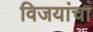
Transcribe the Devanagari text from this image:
विजयांचा